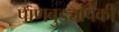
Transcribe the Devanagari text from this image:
पाणबुड्यांपैकी